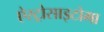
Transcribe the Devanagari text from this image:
ऐस्ट्रोसाइटोमा